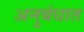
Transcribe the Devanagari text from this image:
अनुबंधात